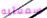
سمعتيه